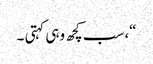
“، سب کچھ وہی کہتی ۔